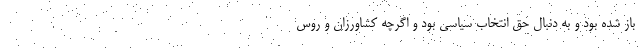
باز شده بود و به دنبال حق انتخاب سیاسی بود و اگرچه کشاورزان و روس